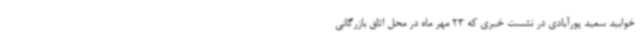
خوابید سعید پورآبادی در نشست خبری که 23 مهر ماه در محل اتاق بازرگانی